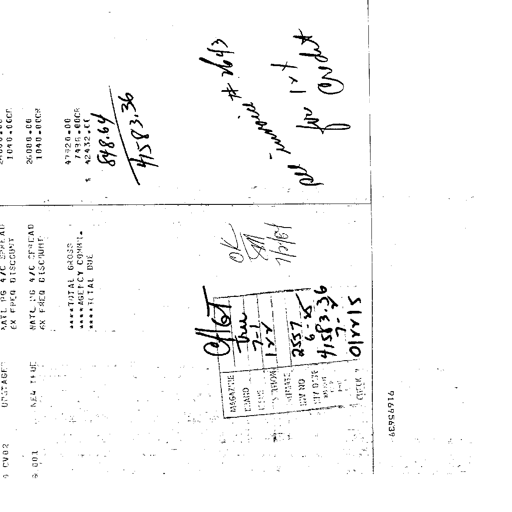
2 CV02 UPSTAGE NATL PG 4/C SPREAD 1040.00CR
6X FREQ DISCOUNT
6 001 NEW YORK NATL PG 4/C SPREAD 26000.00
6X FREQ DISCOUNT 1040.00CR
***TOTAL GROSS 47320.00
***AGENCY COMM. 7438.00CR
***TOTAL DUE 42432.00
848.64
41583.36
per invoice # 2643
for Int
credit
Offset
true
7-1
IYY
OK
SM
7/2/84
2557
6-25
41583.36
7-
012215
MAGAZINE
BRAND
ISSUE
S. MOBIL S.
ADVERT.
INV NO
INV DATE
AMOUNT
CHECK #
68956916